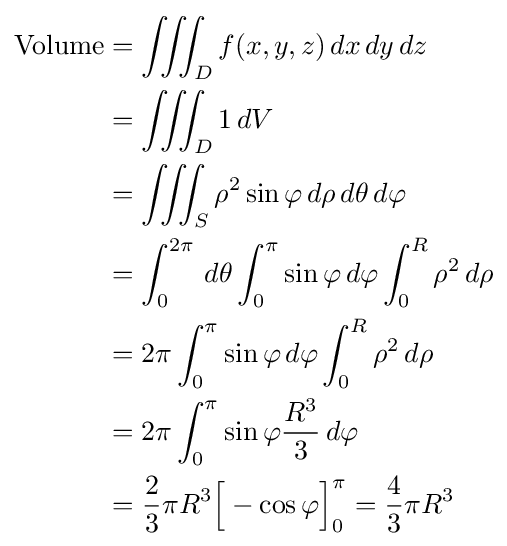
{\begin{aligned}{\text{Volume}}&=\iiint _{D}f(x,y,z)\,dx\,dy\,dz\\&=\iiint _{D}1\,dV\\&=\iiint _{S}\rho ^{2}\sin \varphi \,d\rho \,d\theta \,d\varphi \\&=\int _{0}^{2\pi }\,d\theta \int _{0}^{\pi }\sin \varphi \,d\varphi \int _{0}^{R}\rho ^{2}\,d\rho \\&=2\pi \int _{0}^{\pi }\sin \varphi \,d\varphi \int _{0}^{R}\rho ^{2}\,d\rho \\&=2\pi \int _{0}^{\pi }\sin \varphi {\frac {R^{3}}{3}}\,d\varphi \\&={\frac {2}{3}}\pi R^{3}{\Big [}-\cos \varphi {\Big ]}_{0}^{\pi }={\frac {4}{3}}\pi R^{3}\end{aligned}}